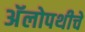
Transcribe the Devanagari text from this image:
अॅलोपथीचे